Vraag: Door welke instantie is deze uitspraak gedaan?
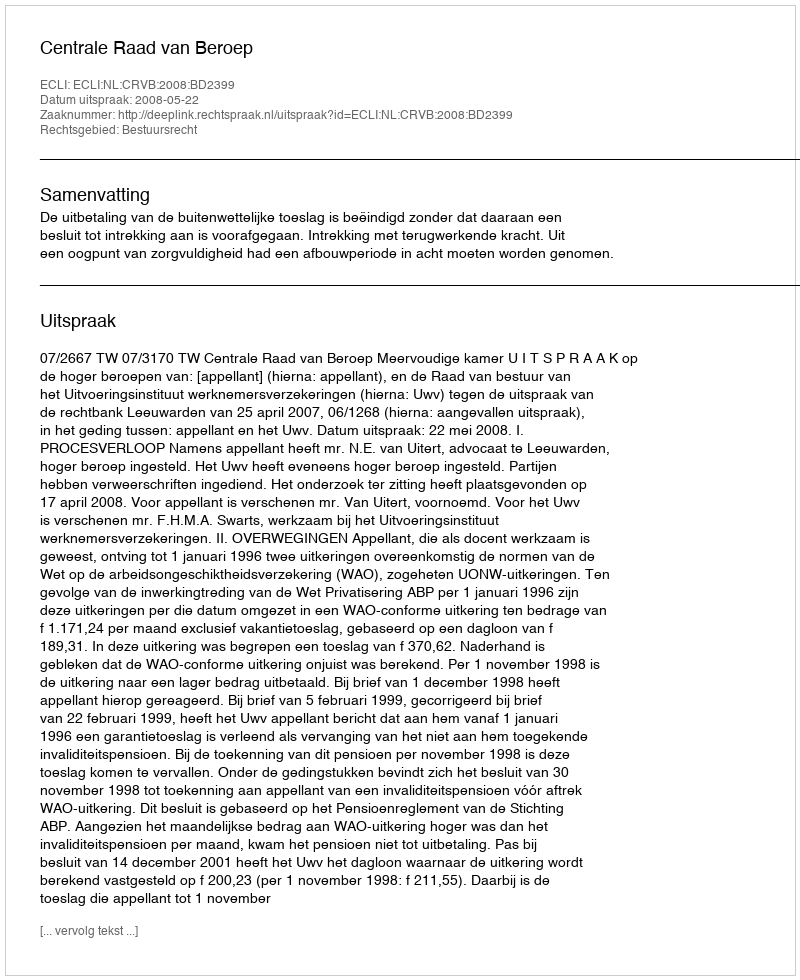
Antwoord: Centrale Raad van Beroep